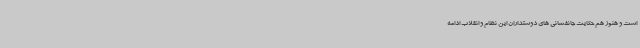
است و هنوز هم حکایت جانفشانی های دوستداران این نظام و انقلاب ادامه